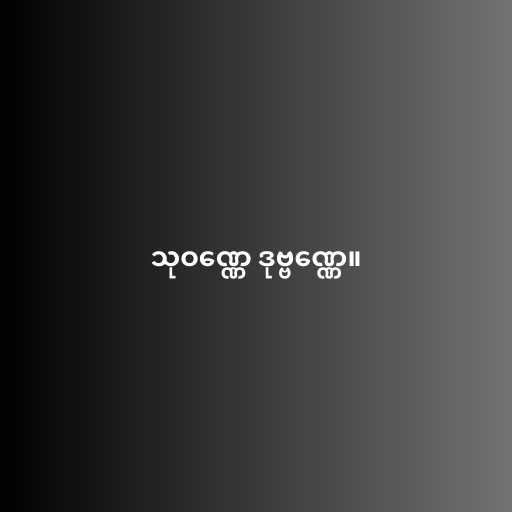
သုဝဏ္ဏေ ဒုဗ္ဗဏ္ဏေ။